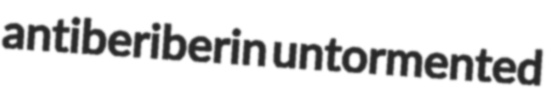
antiberiberin untormented